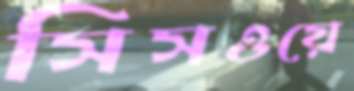
সিসওয়ে